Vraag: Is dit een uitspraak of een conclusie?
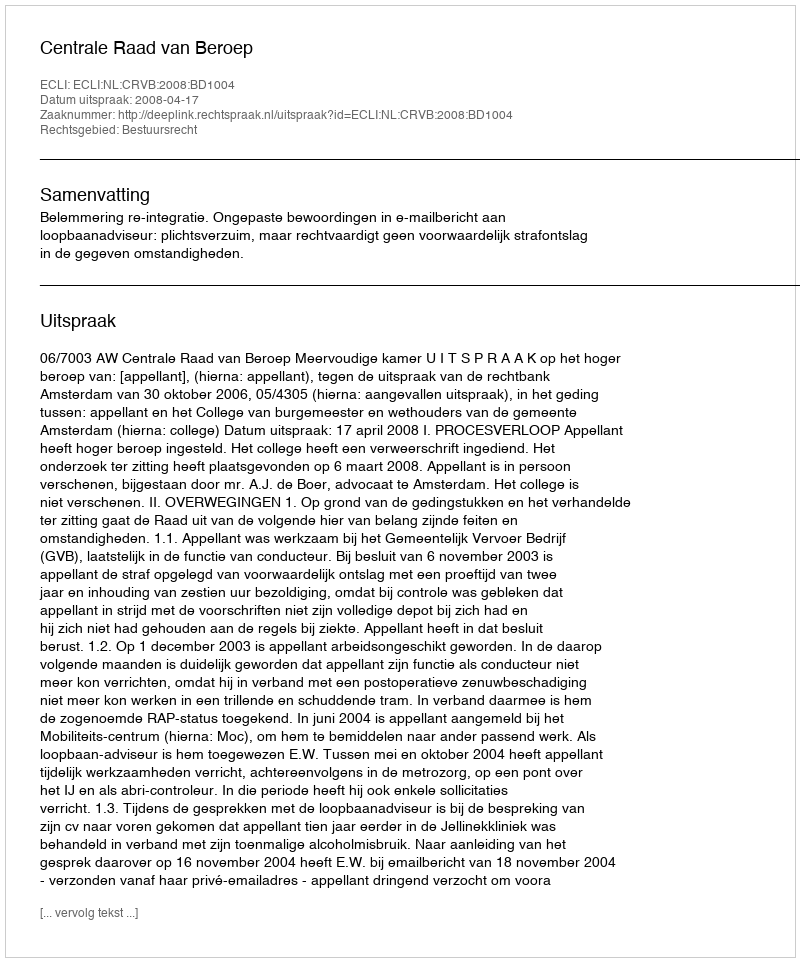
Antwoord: Uitspraak